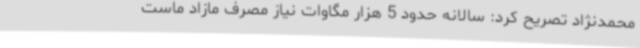
محمدنژاد تصریح کرد: سالانه حدود 5 هزار مگاوات نیاز مصرف مازاد ماست